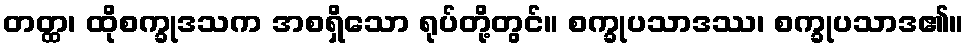
တတ္ထ၊ ထိုစက္ခုဒသက အစရှိသော ရုပ်တို့တွင်။ စက္ခုပသာဒဿ၊ စက္ခုပသာဒ၏။